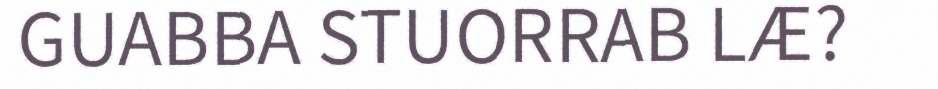
GUABBA STUORRAB LÆ?